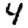
Digit: 4